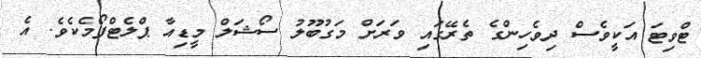
ޓްވިޓަ އަކީވެސް ދިވެހިންގެ ތެރޭގައި ވަރަށް މަގުބޫލު ސޯޝަލް މީޑިއާ ޕްލެޓްފޯމެކެވެ. އެ